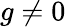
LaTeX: g\ne 0